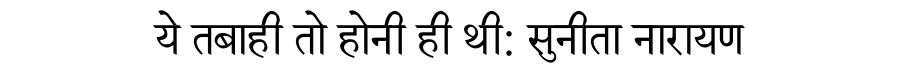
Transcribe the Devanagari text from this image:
ये तबाही तो होनी ही थी: सुनीता नारायण